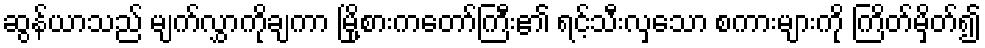
ဆွန်ယာသည် မျက်လွှာကိုချကာ မြို့စားကတော်ကြီး၏ ရင့်သီးလှသော စကားများကို ကြိတ်မှိတ်၍